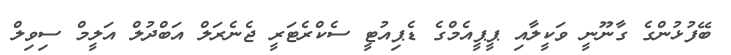
ބޭފުޅުންގެ ގާނޫނީ ވަކީލާއި ޕީޕީއެމްގެ ޑެޕިއުޓީ ސެކްރެޓަރީ ޖެނެރަލް އަބްދުލް އަލީމް ސިވިލް